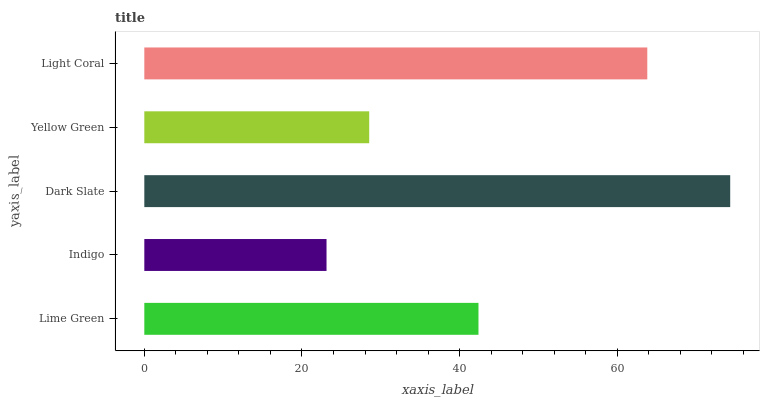
| yaxis_label | bars |
 | --- | --- |
 | Lime Green | 42.4 |
 | Indigo | 23.1 |
 | Dark Slate | 74.3 |
 | Yellow Green | 28.5 |
 | Light Coral | 63.8 |